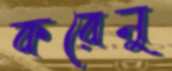
করেনু